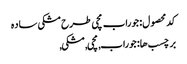
کد محصول: جوراب مچی طرح مشکی ساده
برچسب ها: جوراب, مچی, مشکی,